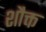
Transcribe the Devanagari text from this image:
शौक्त